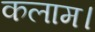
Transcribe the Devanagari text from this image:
कलाम।